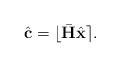
LaTeX: \begin{align*}\hat{\mathbf c}= \lfloor{\bar{\mathbf H} \hat{\mathbf x}}\rceil.\end{align*}